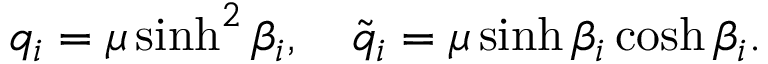
q _ { i } = \mu \sinh ^ { 2 } \beta _ { i } , \ \ \ \tilde { q } _ { i } = \mu \sinh \beta _ { i } \cosh \beta _ { i } .